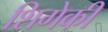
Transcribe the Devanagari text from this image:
शिगेकी